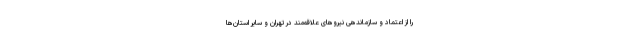
را از اعتماد و سازماندهی نیروهای علاقه‌مند در تهران و سایر استان‌ها